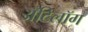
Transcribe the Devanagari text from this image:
अँटिलॉग